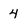
Character: 4